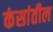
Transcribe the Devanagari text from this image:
कंसांतील